Vaccination in Bombay 1902-1912 - 1902-1912
Year: 1902
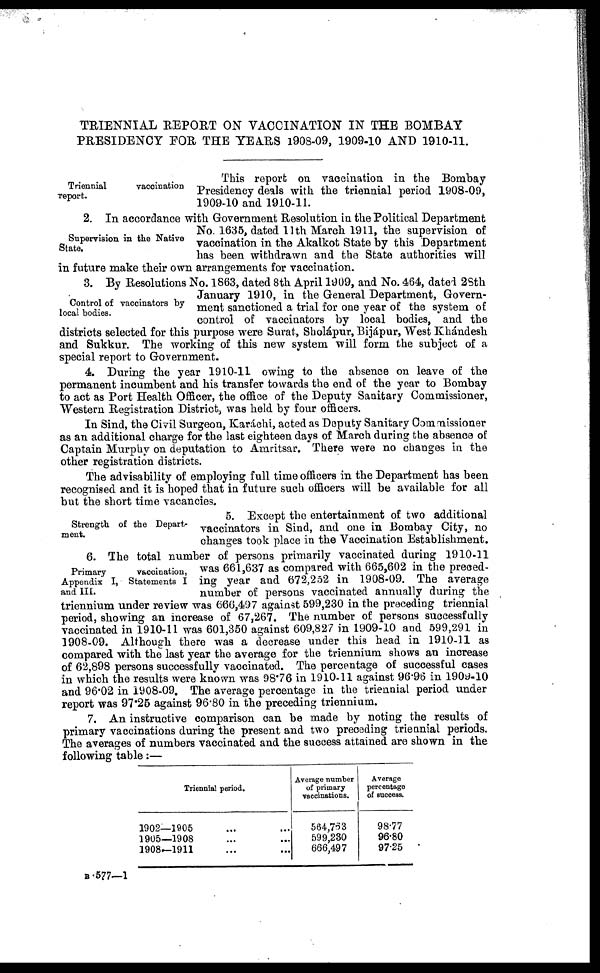
TRIENNIAL REPORT ON VACCINATION IN THE BOMBAY
PRESIDENCY FOR THE YEARS 1908-09, 1909-10 AND 1910-11.
Triennial
vaccination
report.
This report on vaccination in the Bombay
Presidency deals with the triennial period 1908-09,
1909-10 and 1910-11.
Supervision in the Native
State.
2. In accordance with Government Resolution in the Political Department
No. 1635, dated 11th March 1911, the supervision of
vaccination in the Akalkot State by this Department
has been withdrawn and the State authorities will
in future make their own arrangements for vaccination.
Control of vaccinators by
local bodies.
3. By Resolutions No. 1863, dated 8th April 1909, and No. 464, dated 2Sth
January 1910, in the General Department, Govern-
ment sanctioned a trial for one year of the system of
control of vaccinators by local bodies, and the
districts selected for this purpose were Surat, Sholápur, Bijápur, West Khándesh
and Sukkur. The working of this new system will form the subject of a
special report to Government.
4. During the year 1910-11 owing to the absence on leave of the
permanent incumbent and his transfer towards the end of the year to Bombay
to act as Port Health Officer, the office of the Deputy Sanitary Commissioner,
Western Registration District, was held by four officers.
In Sind, the Civil Surgeon, Karáchi, acted as Deputy Sanitary Commissioner
as an additional charge for the last eighteen days of March during the absence of
Captain Murphy on deputation to Amritsar. There were no changes in the
other registration districts.
The advisability of employing full time officers in the Department has been
recognised and it is hoped that in future such officers will be available for all
but the short time vacancies.
Strength of the Depart-
ment.
5. Except the entertainment of two additional
vaccinators in Sind, and one in Bombay City, no
changes took place in the Vaccination Establishment.
Primary
vaccination,
Appendix I, Statements I
and III.
6. The total number of persons primarily vaccinated during 1910-11
was 661,637 as compared with 665,602 in the preced-
ing year and 672,252 in 1908-09. The average
number of persons vaccinated annually during the
triennium under review was 666,497 against 599,230 in the preceding triennial
period, showing an increase of 67,267. The number of persons successfully
vaccinated in 1910-11 was 601,350 against 609,827 in 1909-10 and 599,291 in
1908-09. Although there was a decrease under this head in 1910-11 as
compared with the last year the average for the triennium shows an increase
of 62,898 persons successfully vaccinated. The percentage of successful cases
in which the results were known was 98.76 in 1910-11 against 96.96 in 1909-10
and 96.02 in 1908-09. The average percentage in the triennial period under
report was 97.25 against 96.80 in the preceding triennium.
7. An instructive comparison can be made by noting the results of
primary vaccinations during the present and two preceding triennial periods.
The averages of numbers vaccinated and the success attained are shown in the
following table:—
Triennial period.
1902—1905
1905—1908
1908—1911
Average number
of primary
vaccinations.
564,763
599,230
666,497
Average
percentage
of success.
98.77
96.80
97.25
B 577—1